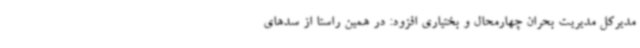
مدیرکل مدیریت بحران چهارمحال و بختیاری افزود: در همین راستا از سدهای